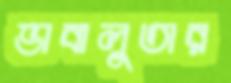
ভাবালুতার